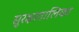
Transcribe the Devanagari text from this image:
सुरक्षातालिका